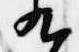
九